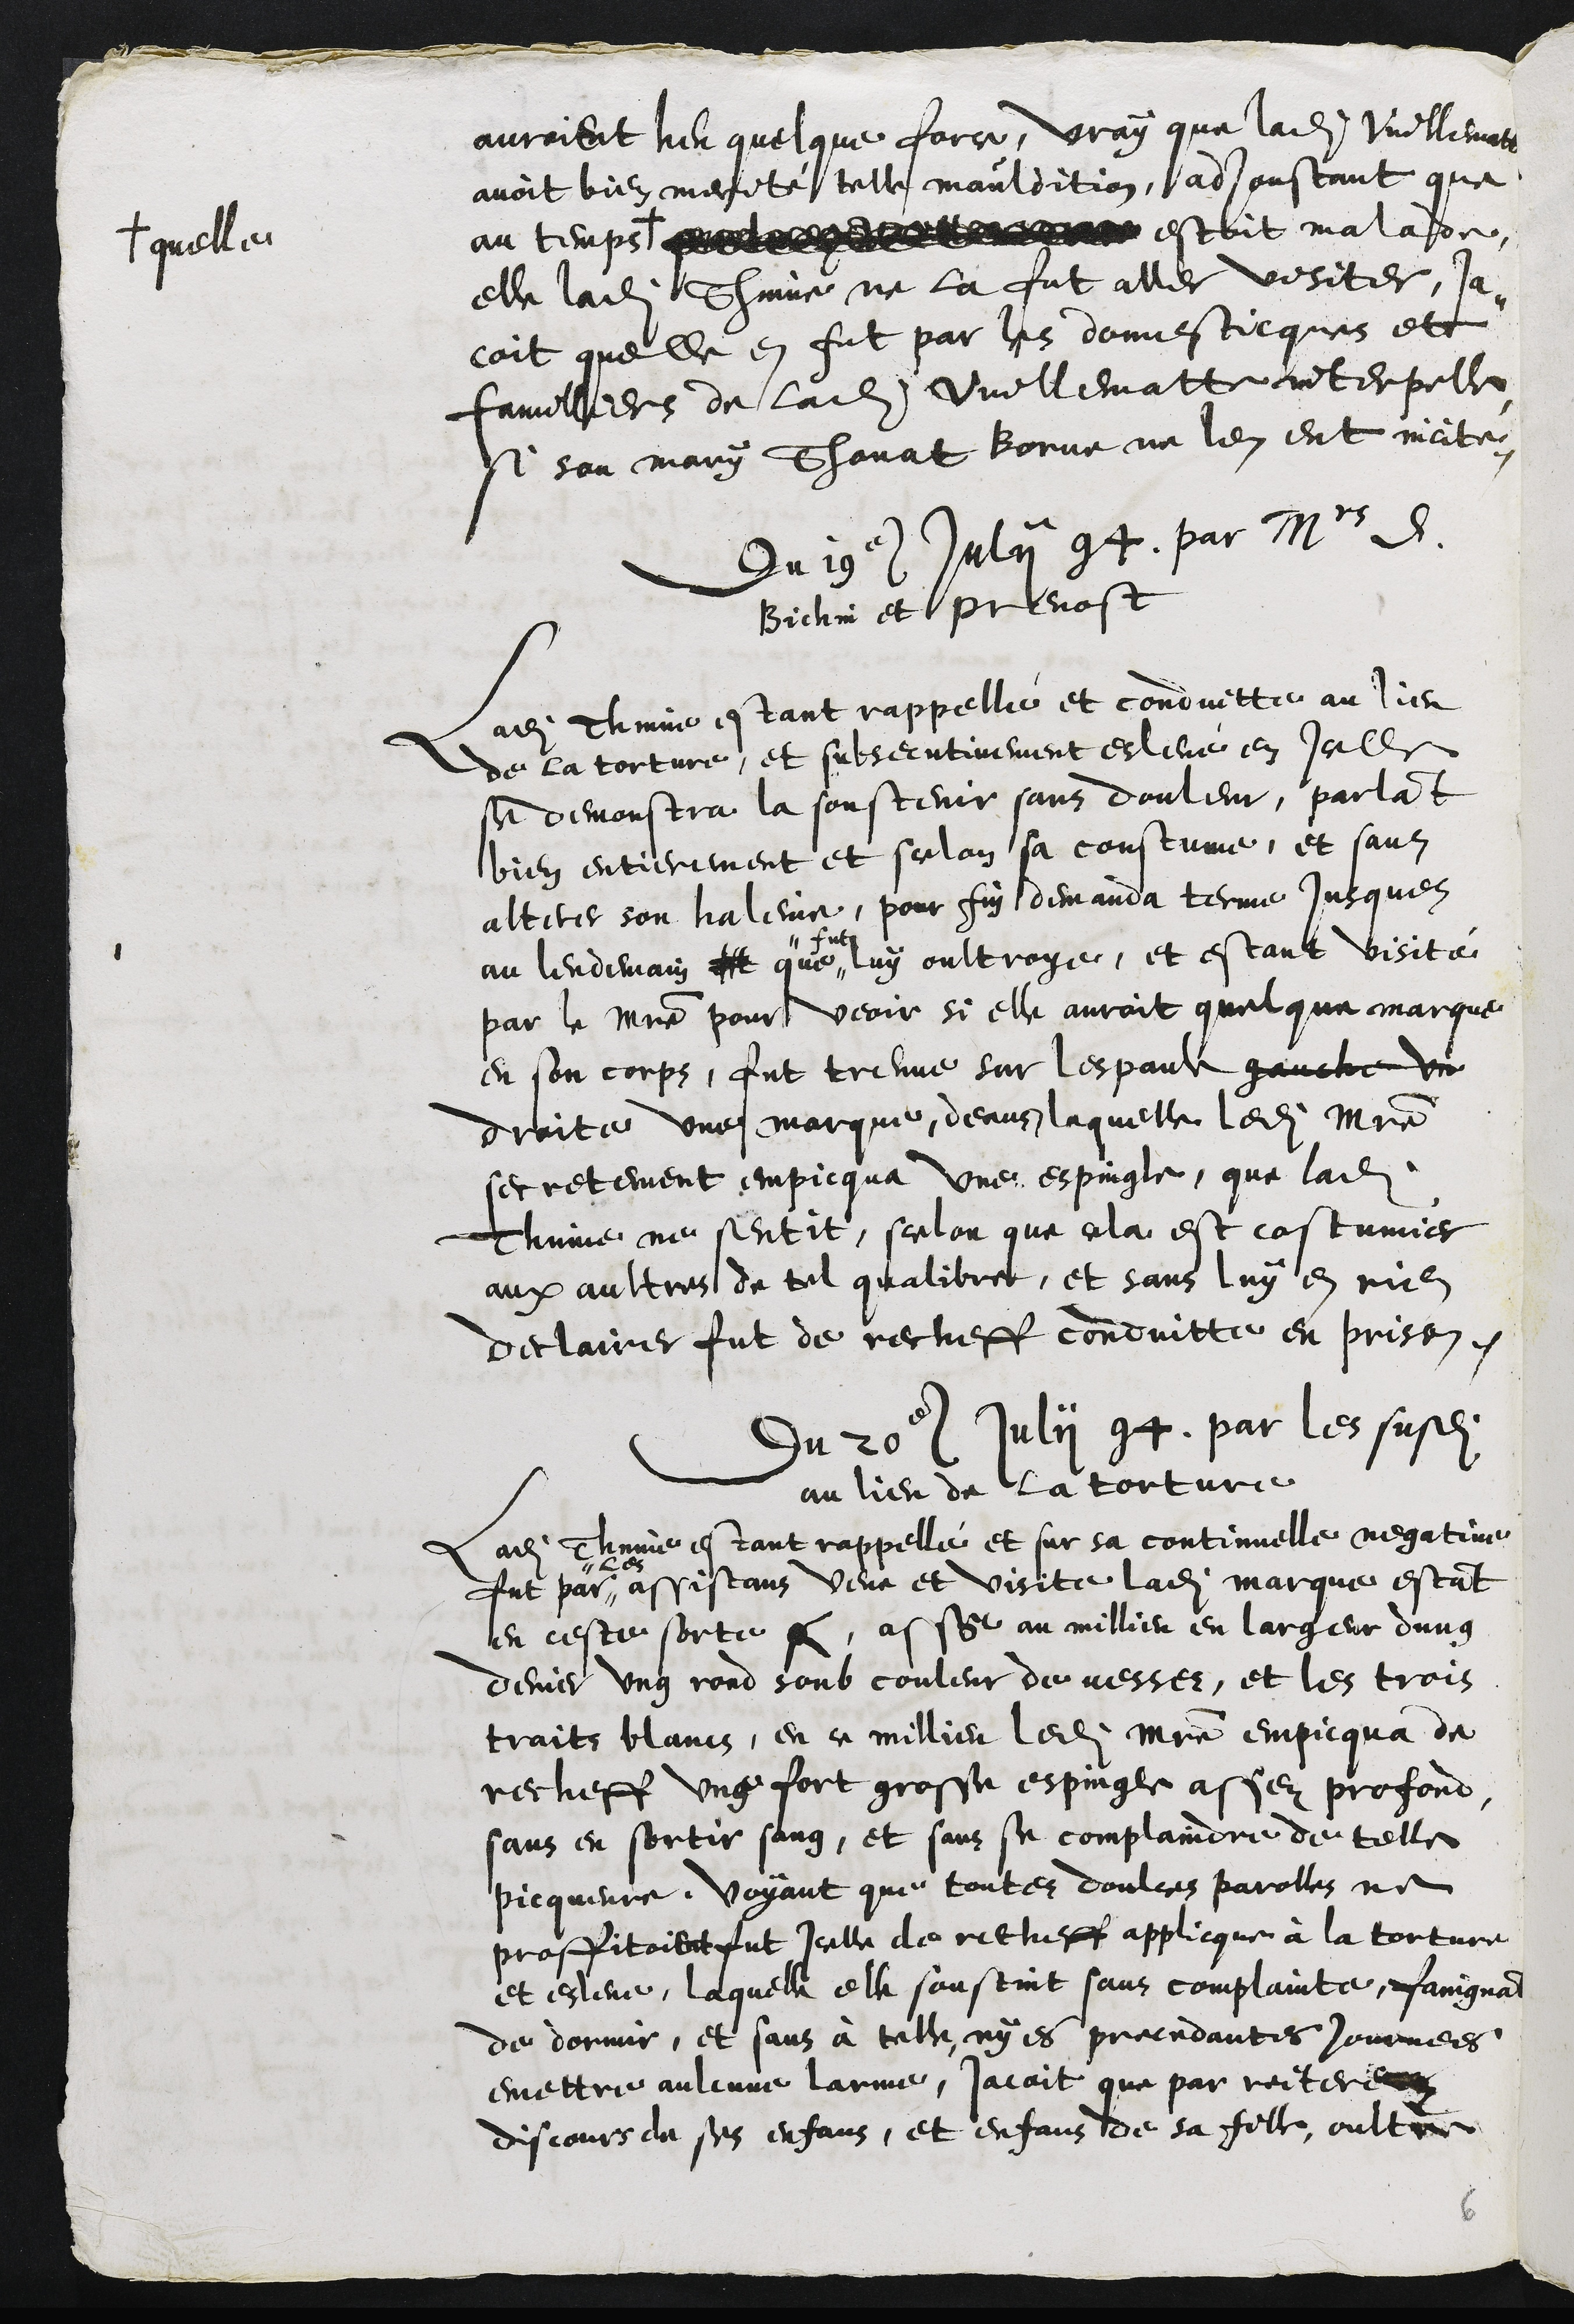
auroient heu quelque force, vray que ladite Vuillematte
avoit bien merité telle mauldition, adjoustant que
au temps
# quelle
estoit malade,
elle ladite Thinne ne la fut aller visiter, ja¬
coit quelle en fut par les domesticques et
familliers de ladite Vuillematte interpelle
si son mary Thonat Borne ne len eut incité.
Du 19e Juli 94. par Mrs D.
Bichin et prevost
Ladite Thinne estant rappelle et conduitte au lieu
de la torture, et subsecutivement eslevée en icelle
se demonstra la soustenir sans douleur, parlant
bien entierement et selon sa coustume, et sans
alterer son haleine, pour fin demanda terme Jusques
au lendemain que
fut
luy oultroye, et estant visité
par le maistre pour veoir si elle auroit quelque marque
en son corps, fut treuvé sur lespaule gauche un
droite une marque, deans laquelle ledit maistre
secretement empicqua une espingle, que ladite
Thinne ne sentit, scelon que cela est costumier
aux aultres de tel qualibre, et sans luy en rien
declairer fut de recheff conduitte en prison
Du 20e Julii 94 par les susdits
au lieu de la torture
Ladite Thinne estant rappellé et sur sa continuelle negative
fut par
les
assistans veue et visite ladite marque estant
en ceste sorte #, assise au millieu en largeur dung
denier ung rond soub couleur de vesser, et les trois
traits blans, en ce millieu ledit maistre empicqua de
recheff ung fort grosse espingse assez profond,
sans en sortir sang, et sans se complaindre de telle
picqueure. Voyant que toutes doulces parolles ne
proffitoient fut Icelle de recheff applicque à la torture
et esleve, laquelle elle soustint sans complainte, faingnant
de dormir, et sans à telle, ny es precedantes journees
emettre aulcune larme, Jacoit que par reitere
discours de ses enfans, et enfans de sa fille, oultre
6